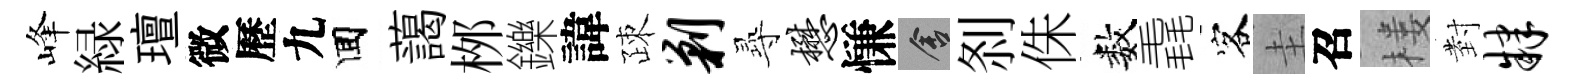
峰緑璮微歷九囬藹桞鑠諱疎剿𡬶懋慊舍𠛴侏数毳客圭召楼𭔹肄